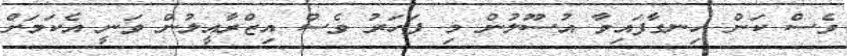
ވެސް ކަން ހިނގާފައިވާ އުސޫލުން މި ފަހަރު ވެސް އިޒްރާއީލުން ވަނީ އެކަމަށް